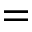
=